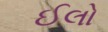
ઈલો